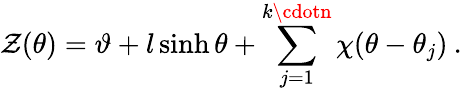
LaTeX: \mathcal{Z}(\theta)=\vartheta+l\sinh\theta+\sum_{j=1}^{k\cdotn}\chi(\theta-\theta_{j})\: .